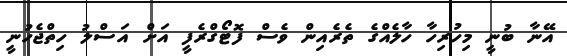
އޭނާ ބުނީ މިހުރިހާ ހާލެއްގެ ތެރެއިން ވެސް ފޮޓޯގްރެފީ އަށް އަސްލު ހިތްޖެހުނީ